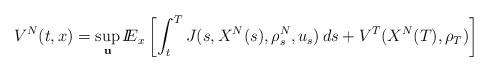
LaTeX: \begin{align*} V^N(t,x)= \sup_{\mathbf{u}}{I\!\!E}_{x}\left[\int_t^T J(s,X^N(s),\rho_s^N,u_s)\, ds + V^T(X^N(T),\rho_T)\right]\end{align*}